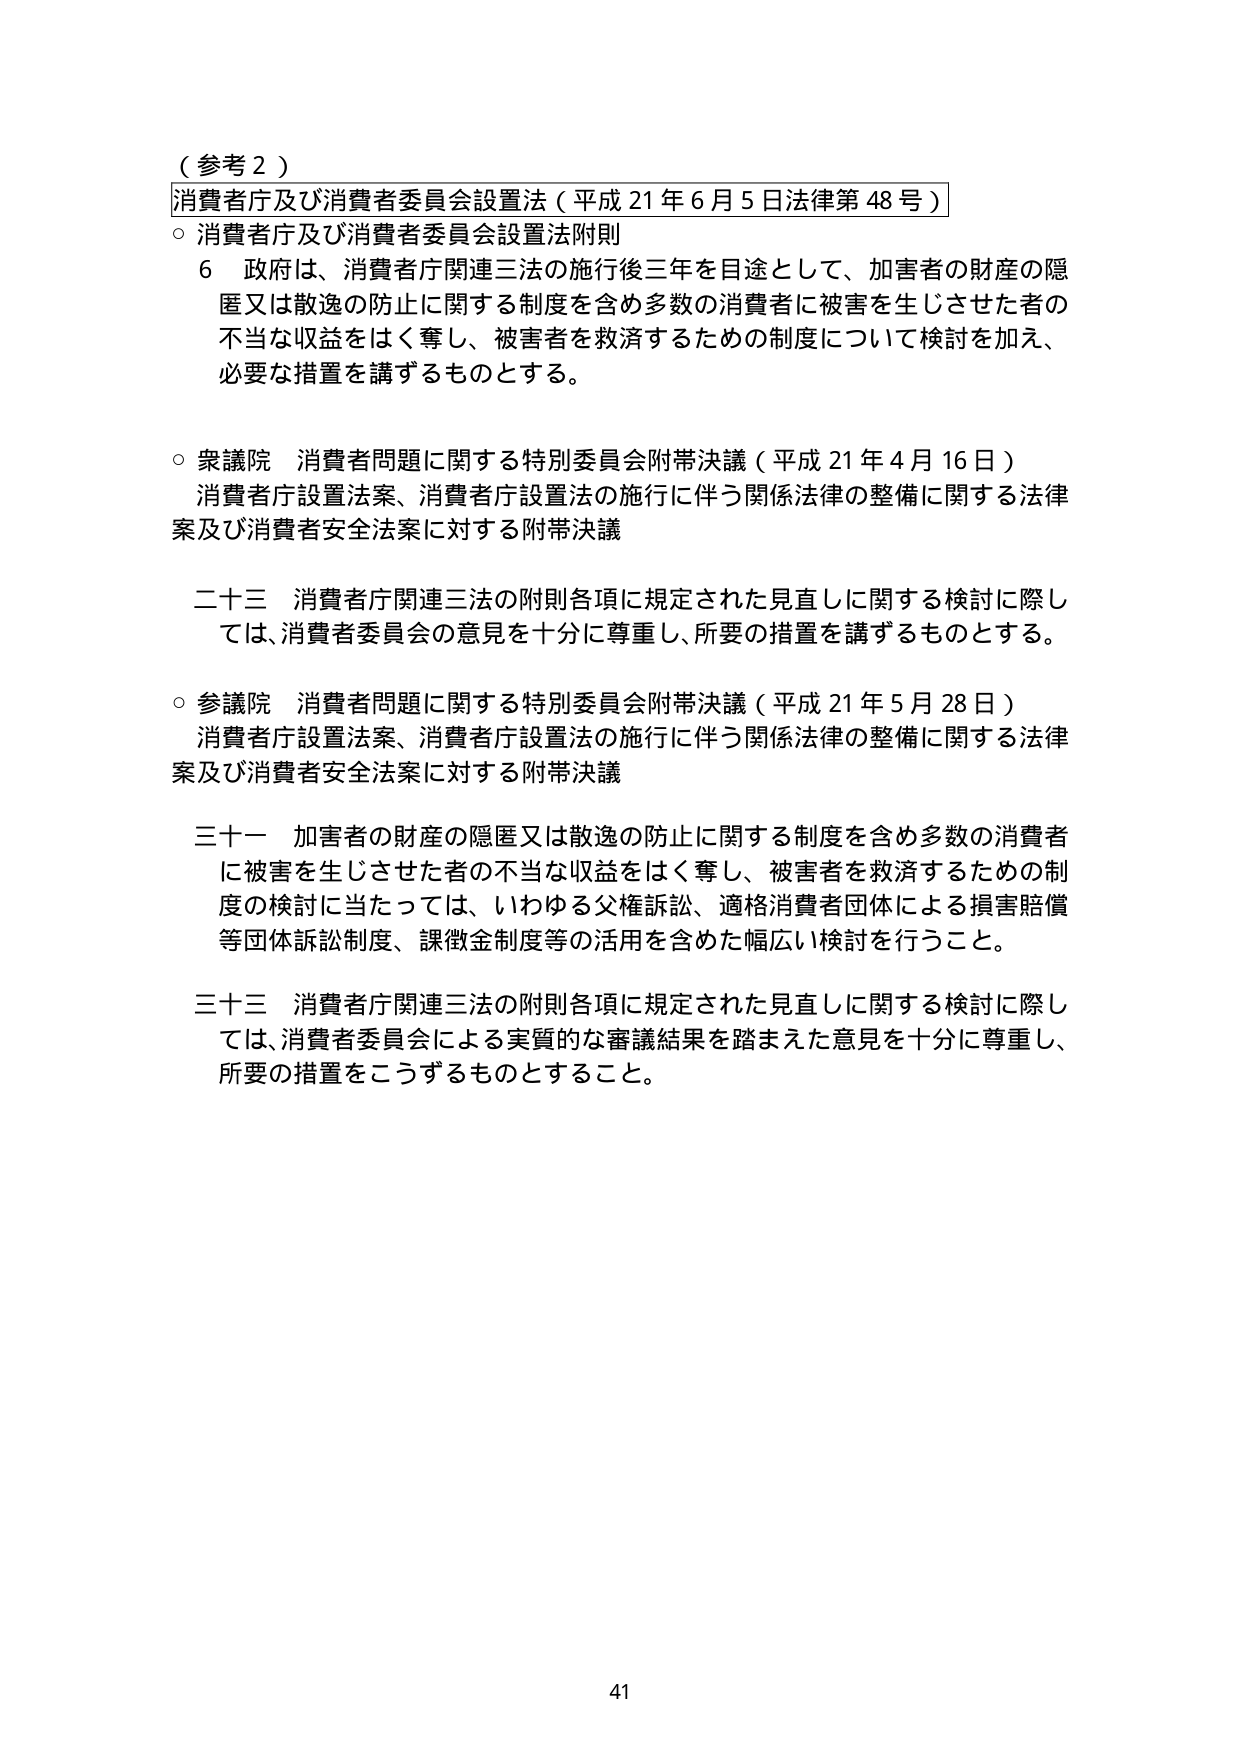
（参考２）

消費者庁及び消費者委員会設置法（平成21年6月5日法律第48号）

○ 消費者庁及び消費者委員会設置法附則
　６ 政府は、消費者庁関連三法の施行後三年を目途として、加害者の財産の隠匿又は散逸の防止に関する制度を含め多数の消費者に被害を生じさせた者の不当な収益をはく奪し、被害者を救済するための制度について検討を加え、必要な措置を講ずるものとする。

○ 衆議院 消費者問題に関する特別委員会附帯決議（平成21年4月16日）
　消費者庁設置法案、消費者庁設置法の施行に伴う関係法律の整備に関する法律案及び消費者安全法案に対する附帯決議

　二十三 消費者庁関連三法の附則各項に規定された見直しに関する検討に際しては、消費者委員会の意見を十分に尊重し、所要の措置を講ずるものとする。

○ 参議院 消費者問題に関する特別委員会附帯決議（平成21年5月28日）
　消費者庁設置法案、消費者庁設置法の施行に伴う関係法律の整備に関する法律案及び消費者安全法案に対する附帯決議

　三十一 加害者の財産の隠匿又は散逸の防止に関する制度を含め多数の消費者に被害を生じさせた者の不当な収益をはく奪し、被害者を救済するための制度の検討に当たっては、いわゆる父権訴訟、適格消費者団体による損害賠償等団体訴訟制度、課徴金制度等の活用を含めた幅広い検討を行うこと。

　三十三 消費者庁関連三法の附則各項に規定された見直しに関する検討に際しては、消費者委員会による実質的な審議結果を踏まえた意見を十分に尊重し、所要の措置をこうずるものとすること。

41